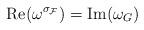
LaTeX: \begin{align*}\mathrm{Re}(\omega^{\sigma_{\cal F}}) = \mathrm{Im}(\omega_G) \end{align*}